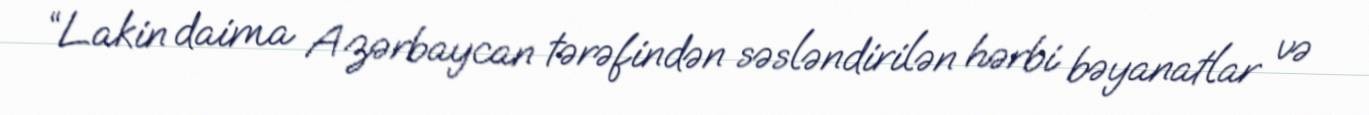
“Lakin daima Azərbaycan tərəfindən səsləndirilən hərbi bəyanatlar və